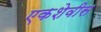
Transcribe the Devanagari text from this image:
एकशेवीस